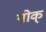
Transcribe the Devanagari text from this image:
योक्